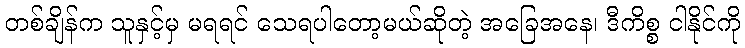
တစ်ချိန်က သူနှင့်မှ မရရင် သေရပါတော့မယ်ဆိုတဲ့ အခြေအနေ၊ ဒီကိစ္စ ငါနိုင်ကို